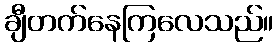
ချီတက်နေကြလေသည်။